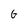
Character: G